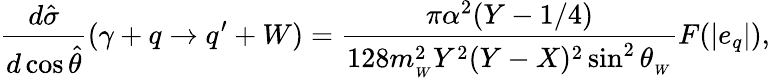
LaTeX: \frac{d\hat{\sigma}}{d\cos\hat{\theta}}(\gamma+q\rightarrow q^{\prime}+W)=\frac{\pi\alpha^{2}(Y-1/4)}{128m_{_W}^{2}Y^{2}(Y-X)^{2}\sin^{2}\theta_{_W}}F(|e_{q}|),